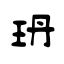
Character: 玬